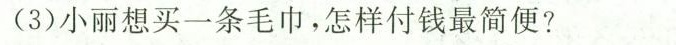
(3)小丽想买一条毛巾，怎样付钱最简便?